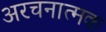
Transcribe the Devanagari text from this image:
अरचनात्मक